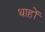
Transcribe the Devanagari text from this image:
थाहों